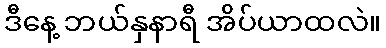
ဒီနေ့ ဘယ်နှနာရီ အိပ်ယာထလဲ။